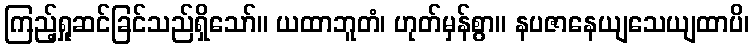
ကြည့်ရှုဆင်ခြင်သည်ရှိသော်။ ယထာဘူတံ၊ ဟုတ်မှန်စွာ။ နပဇာနေယျသေယျထာပိ၊